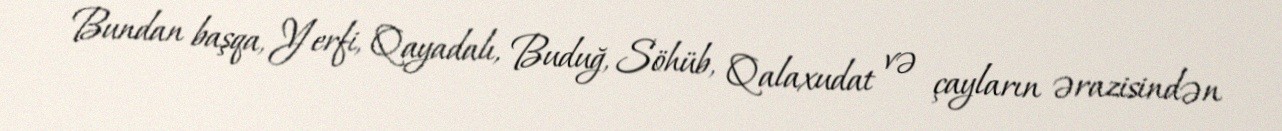
Bundan başqa, Yerfi, Qayadalı, Buduğ, Söhüb, Qalaxudat və çayların ərazisindən